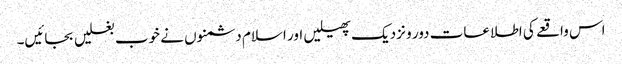
اس واقعے کی اطلاعات دور و نزدیک پھیلیں اور اسلام دشمنوں نے خوب بغلیں بجائیں۔